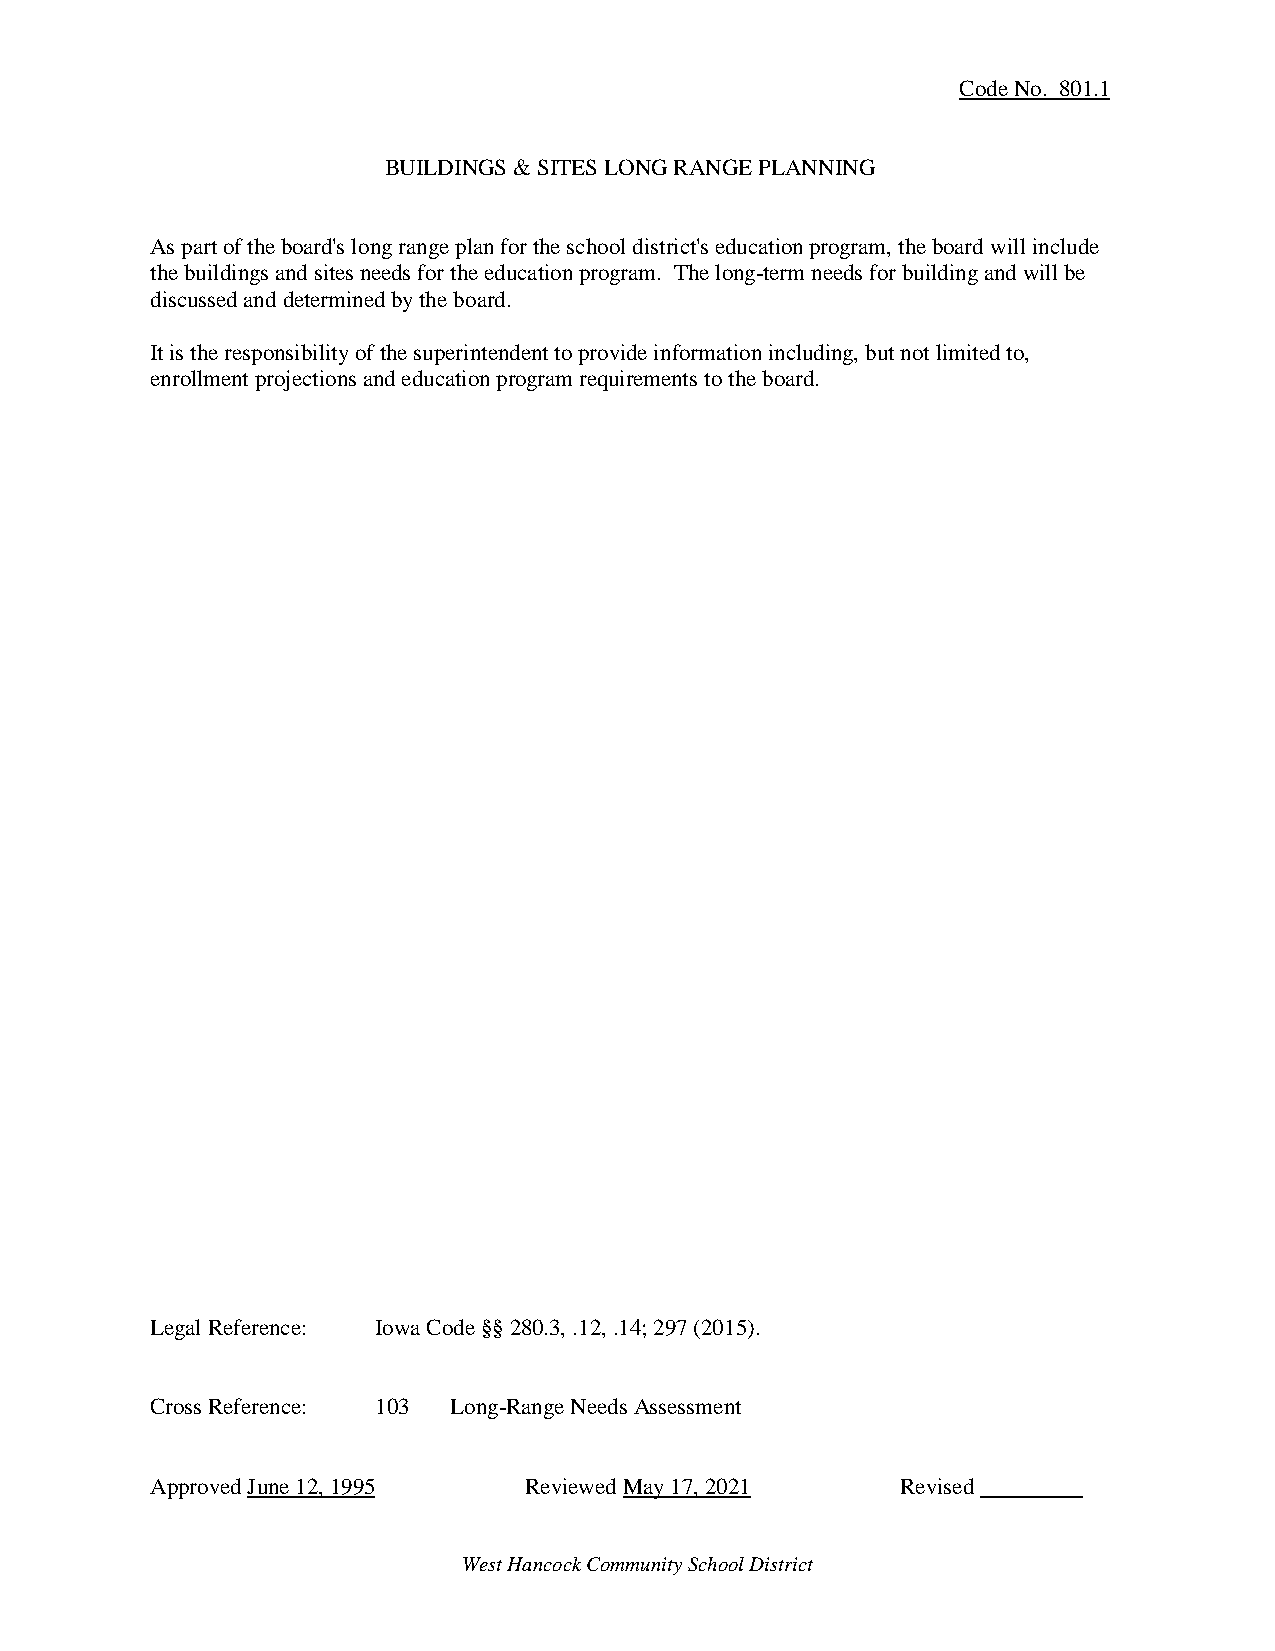
Code No. 801.1
 BUILDINGS & SITES LONG RANGE PLANNING
 As part of the board's long range plan for the school district's education program, the board will include
 the buildings and sites needs for the education program. The long-term needs for building and will be
 discussed and determined by the board.
 It is the responsibility of the superintendent to provide information including, but not limited to,
 enrollment projections and education program requirements to the board.
 Legal Reference: Iowa Code §§ 280.3, .12, .14; 297 (2015).
 Cross Reference: 103 Long-Range Needs Assessment
 Approved June 12, 1995   Reviewed May 17, 2021    Revised
 West Hancock Community School District